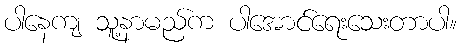
ပါနေကျ သူ့နာမည်က ပါအောင်ရေးသေးတာပါ။